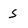
Character: S